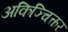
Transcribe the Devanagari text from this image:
अकिञ्चित्कर